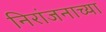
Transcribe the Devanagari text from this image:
निरांजनाच्या